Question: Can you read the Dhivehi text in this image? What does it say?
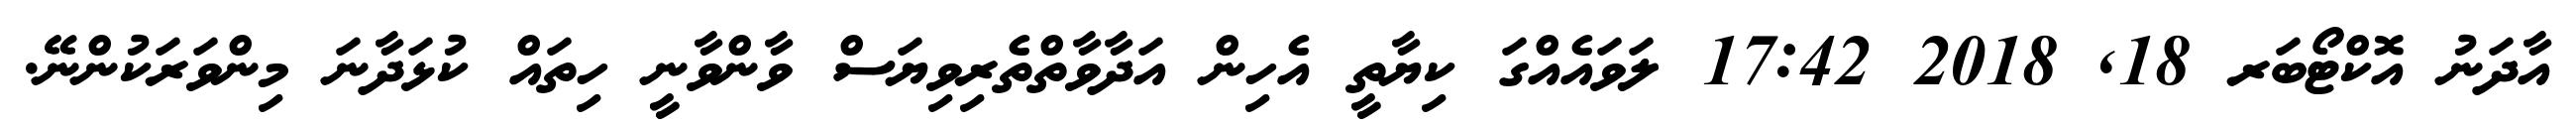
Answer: އާދަނު އޮކްޓޯބަރ 18, 2018 17:42 ލަވައެއްގަ ކިޔާތީ އެހިން އަދާވާތްތެރިވިޔަސް ވާންވާނީ ހިތައް ކުޅަދާނަ މިންވަރަކުންނޭ.